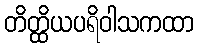
တိတ္ထိယပရိဝါသကထာ